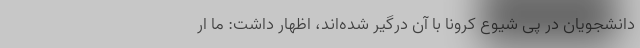
دانشجویان در پی شیوع کرونا با آن درگیر شده‌اند، اظهار داشت: ما ار